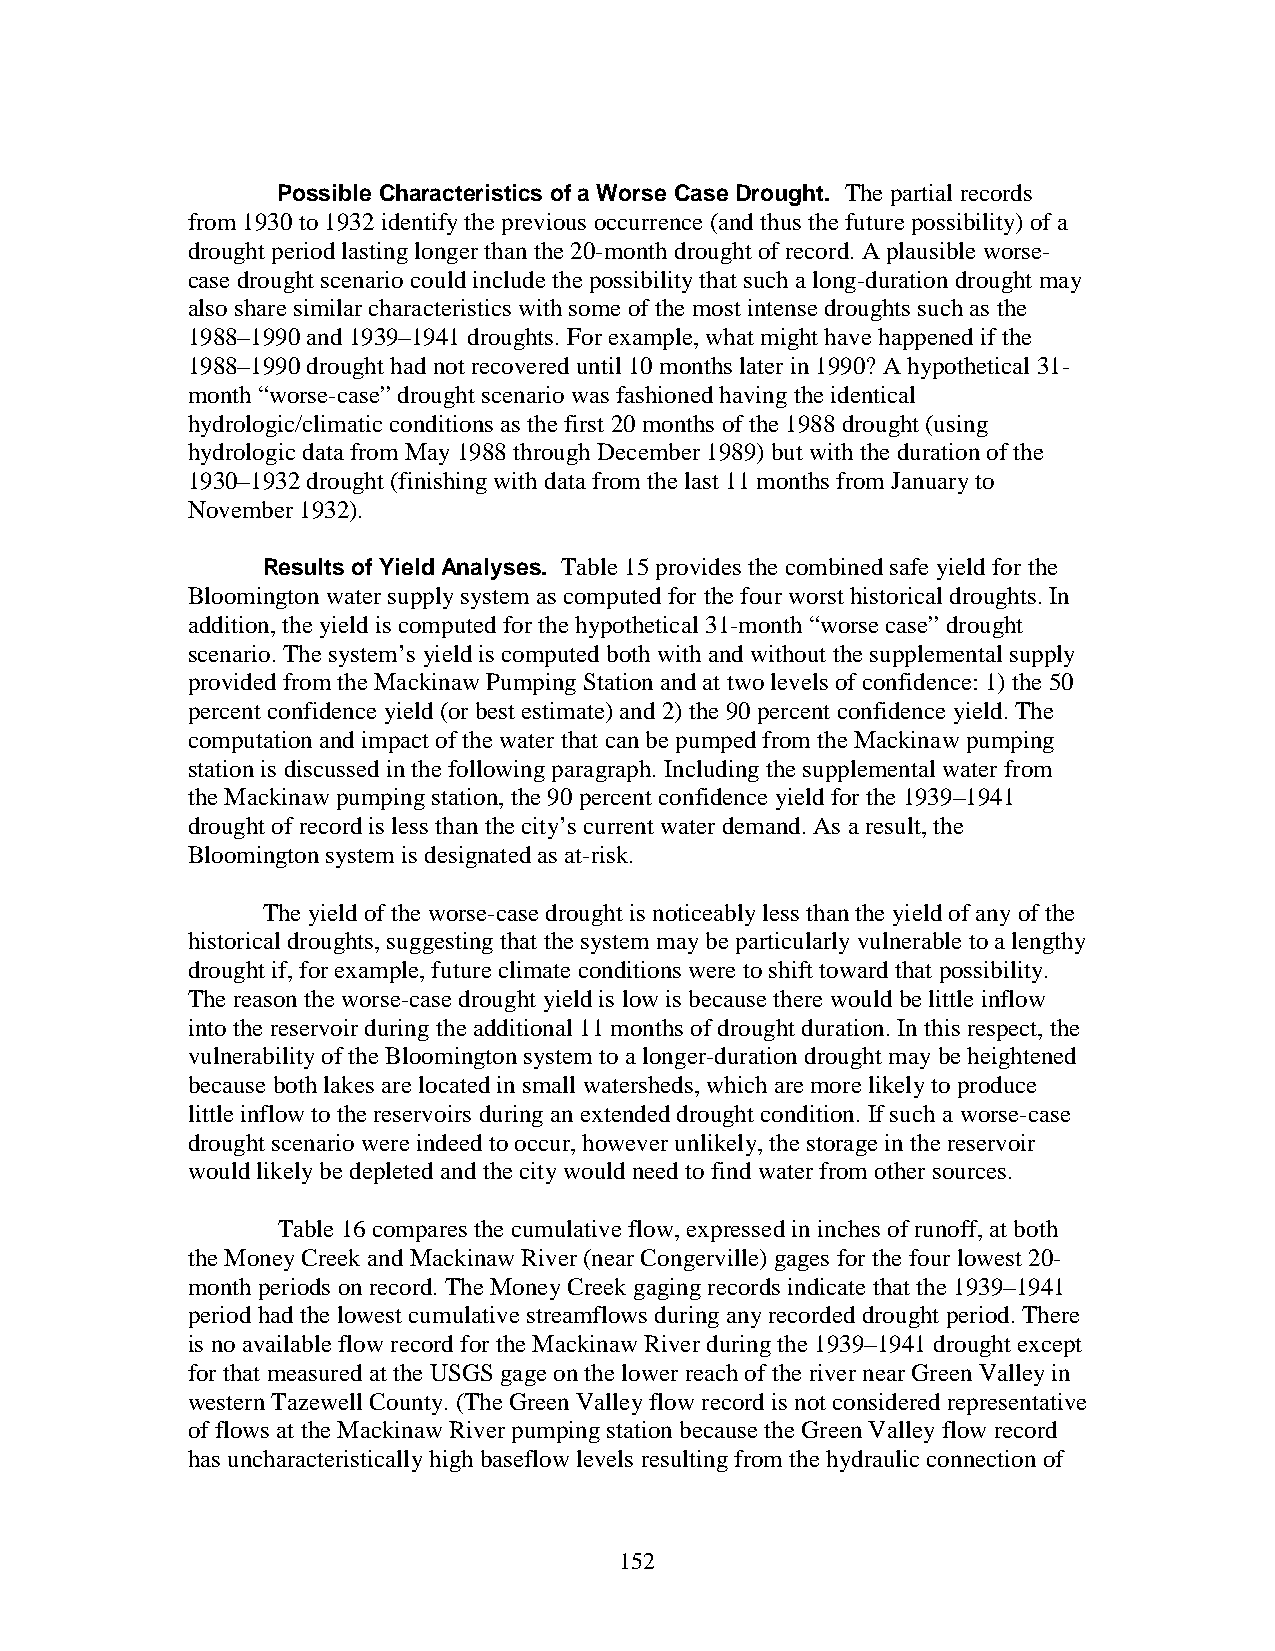
Possible Characteristics of a Worse Case Drought. The partial records
 from 1930 to 1932 identify the previous occurrence (and thus the future possibility) of a
 drought period lasting longer than the 20-month drought of record. A plausible worse-
 case drought scenario could include the possibility that such a long-duration drought may
 also share similar characteristics with some of the most intense droughts such as the
 1988–1990 and 1939–1941 droughts. For example, what might have happened if the
 1988–1990 drought had not recovered until 10 months later in 1990? A hypothetical 31-
 month “worse-case” drought scenario was fashioned having the identical
 hydrologic/climatic conditions as the first 20 months of the 1988 drought (using
 hydrologic data from May 1988 through December 1989) but with the duration of the
 1930–1932 drought (finishing with data from the last 11 months from January to
 November 1932).
 Results of Yield Analyses. Table 15 provides the combined safe yield for the
 Bloomington water supply system as computed for the four worst historical droughts. In
 addition, the yield is computed for the hypothetical 31-month “worse case” drought
 scenario. The system’s yield is computed both with and without the supplemental supply
 provided from the Mackinaw Pumping Station and at two levels of confidence: 1) the 50
 percent confidence yield (or best estimate) and 2) the 90 percent confidence yield. The
 computation and impact of the water that can be pumped from the Mackinaw pumping
 station is discussed in the following paragraph. Including the supplemental water from
 the Mackinaw pumping station, the 90 percent confidence yield for the 1939–1941
 drought of record is less than the city’s current water demand. As a result, the
 Bloomington system is designated as at-risk.
 The yield of the worse-case drought is noticeably less than the yield of any of the
 historical droughts, suggesting that the system may be particularly vulnerable to a lengthy
 drought if, for example, future climate conditions were to shift toward that possibility.
 The reason the worse-case drought yield is low is because there would be little inflow
 into the reservoir during the additional 11 months of drought duration. In this respect, the
 vulnerability of the Bloomington system to a longer-duration drought may be heightened
 because both lakes are located in small watersheds, which are more likely to produce
 little inflow to the reservoirs during an extended drought condition. If such a worse-case
 drought scenario were indeed to occur, however unlikely, the storage in the reservoir
 would likely be depleted and the city would need to find water from other sources.
 Table 16 compares the cumulative flow, expressed in inches of runoff, at both
 the Money Creek and Mackinaw River (near Congerville) gages for the four lowest 20-
 month periods on record. The Money Creek gaging records indicate that the 1939–1941
 period had the lowest cumulative streamflows during any recorded drought period. There
 is no available flow record for the Mackinaw River during the 1939–1941 drought except
 for that measured at the USGS gage on the lower reach of the river near Green Valley in
 western Tazewell County. (The Green Valley flow record is not considered representative
 of flows at the Mackinaw River pumping station because the Green Valley flow record
 has uncharacteristically high baseflow levels resulting from the hydraulic connection of
 152